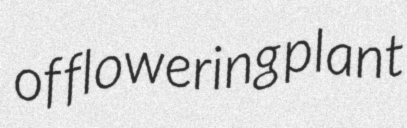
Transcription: of flowering plant